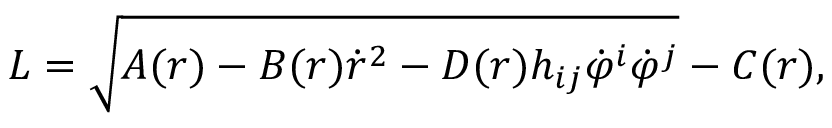
{ \cal L } = \sqrt { A ( r ) - B ( r ) \dot { r } ^ { 2 } - D ( r ) h _ { i j } \dot { \varphi } ^ { i } \dot { \varphi } ^ { j } } - C ( r ) ,